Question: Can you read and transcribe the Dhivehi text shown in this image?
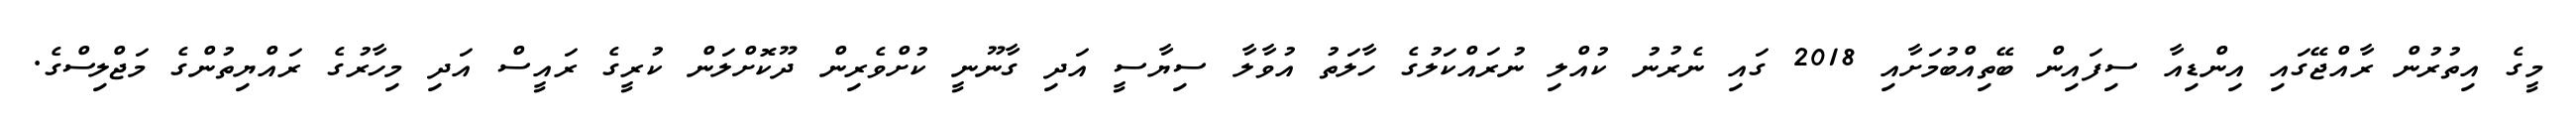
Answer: މީގެ އިތުރުން ރާއްޖޭގައި އިންޑިއާ ސިފައިން ބޭތިއްބުމަށާއި 2018 ގައި ނެރުނު ކުއްލި ނުރައްކަލުގެ ހާލަތު އުވާލާ ސިޔާސީ އަދި ގާނޫނީ ކުށްވެރިން ދޫކޮށްލަން ކުރީގެ ރައީސް އަދި މިހާރުގެ ރައްޔިތުންގެ މަޖްލިސްގެ.